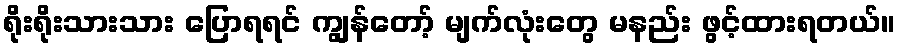
ရိုးရိုးသားသား ပြောရရင် ကျွန်တော့် မျက်လုံးတွေ မနည်း ဖွင့်ထားရတယ်။